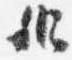
弁